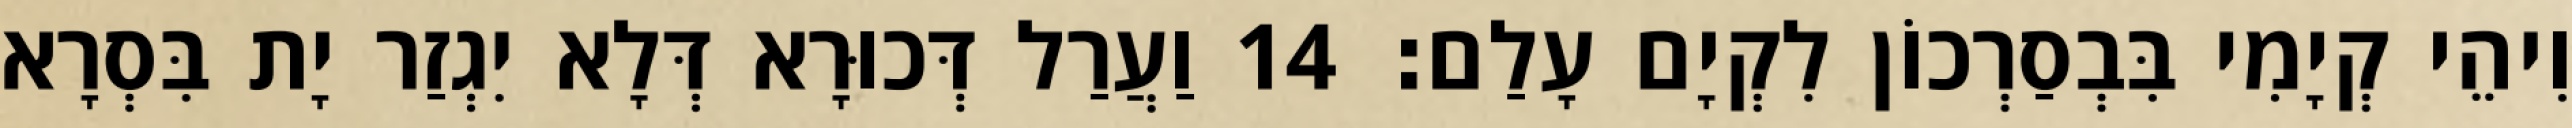
וִיהֵי קְיָמִי בִּבְסַרְכוֹן לִקְיָם עָלַם׃ 14 וַעֲרַל דְּכוּרָא דְּלָא יִגְזַר יָת בִּסְרָא